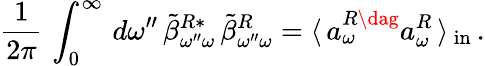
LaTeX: \frac{1}{2\pi}\, \int_{0}^{\infty}\, d\omega^{\prime\prime}\, \tilde{\beta}_{\omega^{\prime\prime}\omega}^{R*}\, \tilde{\beta}_{\omega^{\prime\prime}\omega}^{R}=\langle\, a_{\omega}^{R\dag}a_{\omega}^{R}\, \rangle\, _{\mathrm{{in}}}\, .